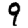
Digit: 9